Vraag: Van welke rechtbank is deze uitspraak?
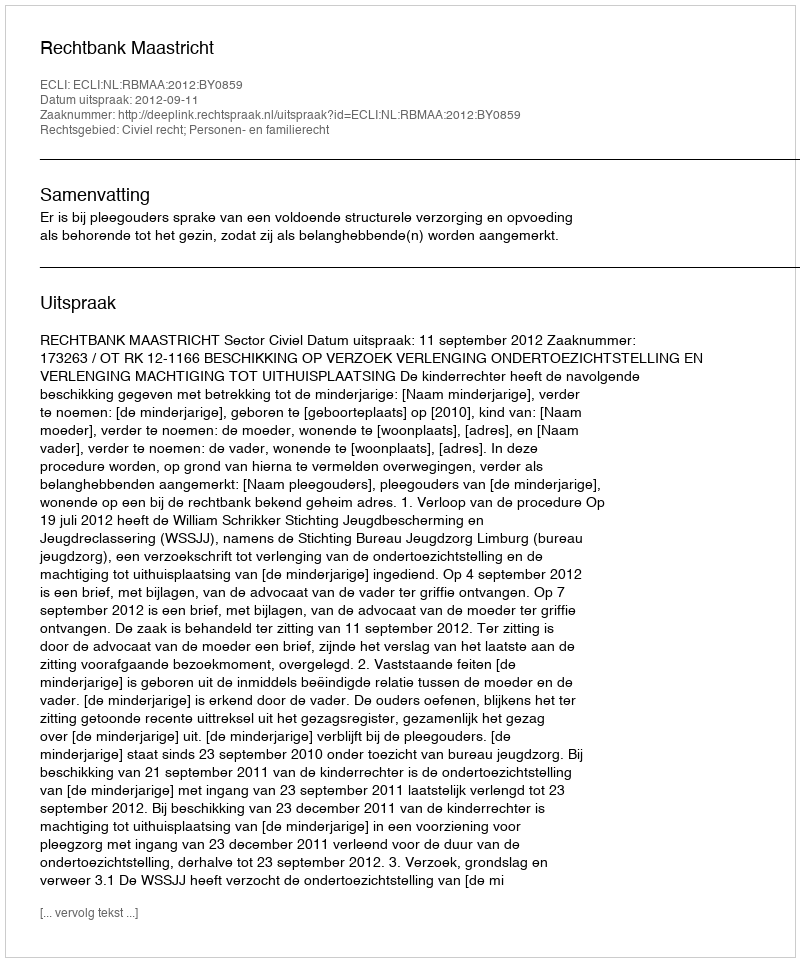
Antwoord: Rechtbank Maastricht